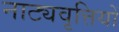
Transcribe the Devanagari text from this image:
नाट्यवृत्तियों